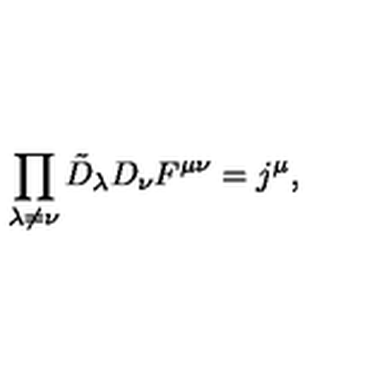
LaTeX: \prod _ { \lambda \ne \nu } \tilde { D } _ { \lambda } D _ { \nu } F ^ { \mu \nu } = j ^ { \mu } ,